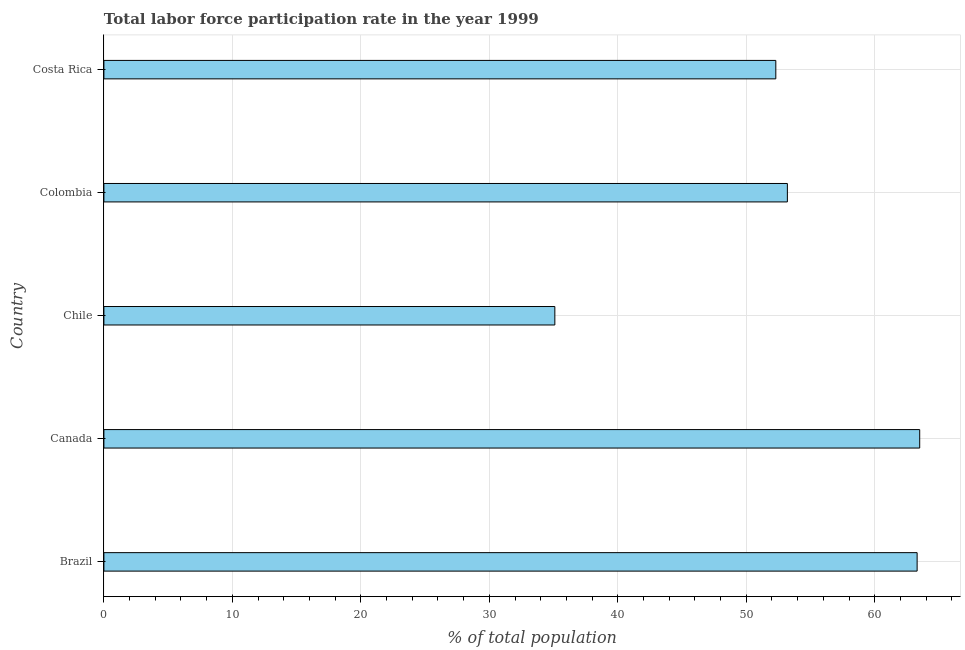
| Country | Labor force participation rate for ages 15-24 total |
 | --- | --- |
 | Brazil | 63.3 |
 | Canada | 63.5 |
 | Chile | 35.1 |
 | Colombia | 53.2 |
 | Costa Rica | 52.3 |